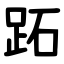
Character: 跖